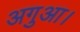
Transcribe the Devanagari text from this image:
अगुआ।